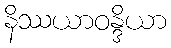
နိဿယာဝန္ဒိယာ